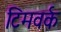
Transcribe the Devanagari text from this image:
टिमवर्क